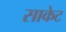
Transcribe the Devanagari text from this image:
साकेट